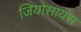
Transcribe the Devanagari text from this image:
जियोसायंस